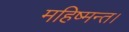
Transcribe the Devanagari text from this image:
महिष्मन्त।